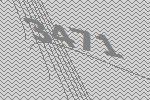
3471